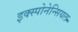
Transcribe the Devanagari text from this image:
इक्स्पोनेन्सियल